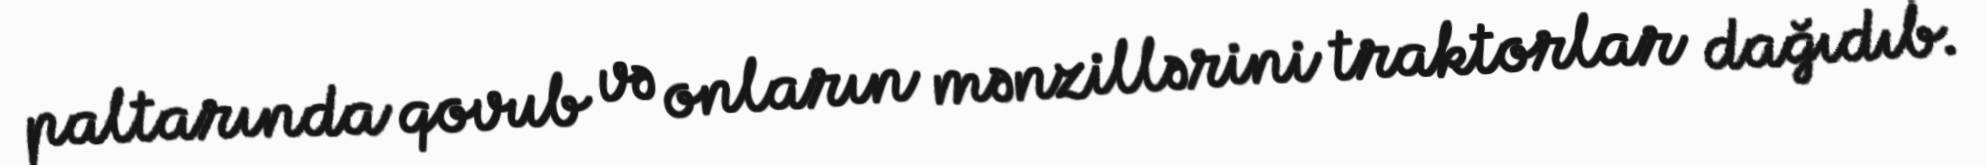
paltarında qovub və onların mənzillərini traktorlar dağıdıb.